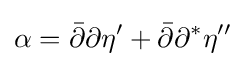
\alpha ={\bar {\partial }}\partial \eta '+{\bar {\partial }}\partial ^{*}\eta ''